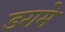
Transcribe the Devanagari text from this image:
डरामे